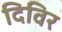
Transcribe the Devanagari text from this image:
दिविर